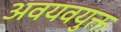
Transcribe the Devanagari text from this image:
अवयवयुक्त